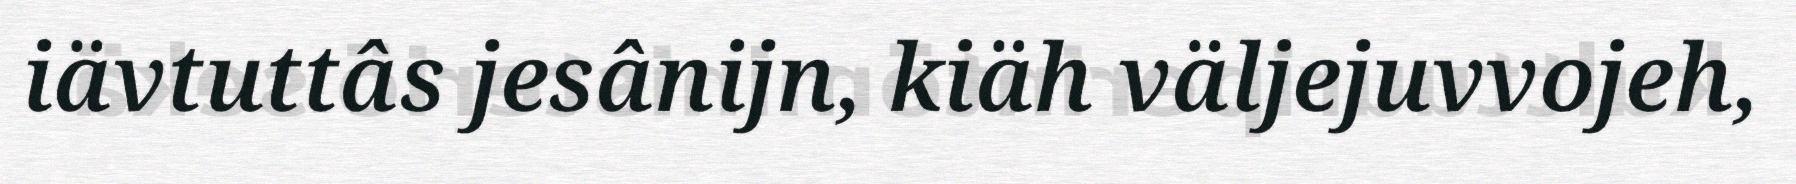
iävtuttâs jesânijn, kiäh väljejuvvojeh,